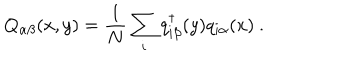
LaTeX: Q _ { \alpha \beta } ( x , y ) = \frac { 1 } { N } \sum _ { i } q _ { i \beta } ^ { \dagger } ( y ) q _ { i \alpha } ( x ) \ .